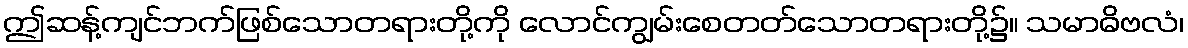
ဤဆန့်ကျင်ဘက်ဖြစ်သောတရားတို့ကို လောင်ကျွမ်းစေတတ်သောတရားတို့၌။ သမာဓိဗလံ၊